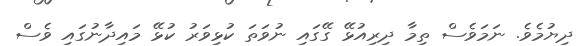
ދިޔުމެވެ. ނަމަވެސް ތިމާ ދިރިއުޅޭ ގޭގައި ނުވަތަ ކުޅިވަރު ކުޅޭ މައިދާނުގައި ވެސް